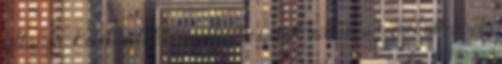
államfő. Kelebia lakói szállást és ételt adtak a menekülteknek,